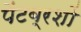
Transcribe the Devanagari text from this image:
पेंटब्रशों